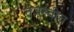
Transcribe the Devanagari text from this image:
तेजस्वीच